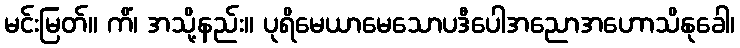
မင်းမြတ်။ ကိံ၊ အသို့နည်း။ ပုရိမေယာမေသောပဒီပေါအညောအဟောသိနုခေါ၊